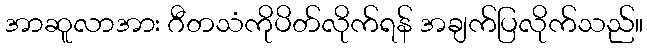
အာဆူလာအား ဂီတသံကိုပိတ်လိုက်ရန် အချက်ပြလိုက်သည်။